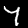
Digit: 7